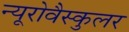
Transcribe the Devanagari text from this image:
न्यूरोवैस्कुलर